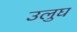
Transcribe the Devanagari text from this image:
उलुघ